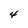
Character: 4